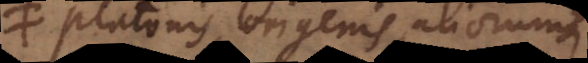
Platonis, Origenis, aliorumque,